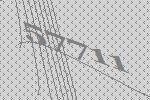
57711